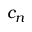
c _ { n }